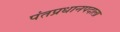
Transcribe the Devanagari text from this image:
पंतप्रधानपदाला